Regulations for the medical services of the Army of India
Year: 1930
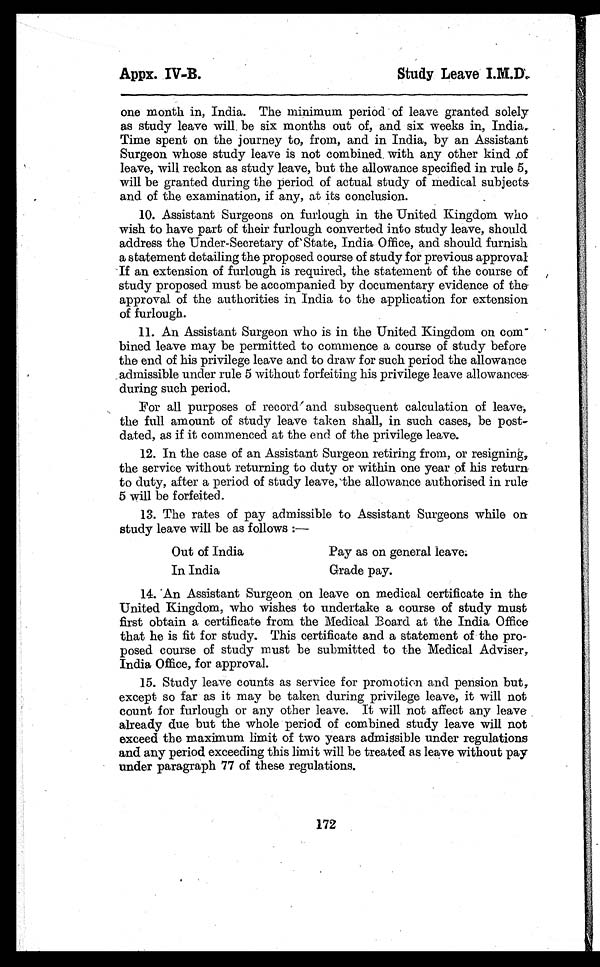
Appx. IV-B.
Study Leave I M.D.
one month in, India. The minimum period of leave granted solely
as study leave will be six months out of, and six weeks in, India.
Time spent on the journey to, from, and in India, by an Assistant
Surgeon whose study leave is not combined. with any other kind of
leave, will reckon as study leave, but the allowance specified in rule 5,
will be granted during the period of actual study of medical subjects
and of the examination, if any, at its conclusion.
10.Assistant Surgeons on furlough in the United Kingdom who
wish to have part of their furlough converted into study leave, should
address the Under-Secretary of State, India Office, and should furnish
a statement detailing the proposed course of study for previous approval
If an extension of furlough is required, the statement of the course of
study proposed must be accompanied by documentary evidence of the
approval of the authorities in India to the application for extension
of furlough.
11.An Assistant Surgeon who is in the United Kingdom on com-
bined leave may be permitted to commence a course of study before
the end of his privilege leave and to draw for such period the allowance
admissible under rule 5 without forfeiting his privilege leave allowances
during such period.
For all purposes of record and subsequent calculation of leave,
the full amount of study leave taken shall, in such cases, be post-
dated, as if it commenced at the end of the privilege leave.
12.In the case of an Assistant Surgeon retiring from, or resigning,.
the service without returning to duty or within one year of his return
to duty, after a period of study leave, the allowance authorised in rule
5 will be forfeited.
13.The rates of pay admissible to Assistant Surgeons while on
study leave will be as follows :
—
Out of India
Pay as on general leave.
In India
Grade pay.
14.An Assistant Surgeon on leave on medical certificate in the
United Kingdom, who wishes to undertake a course of study must
first obtain a certificate from the Medical Board at the India Office
that he is fit for study. This certificate and a statement of the pro-
posed course of study must be submitted to the Medical Adviser,
India Office, for approval.
15.Study leave counts as service for promotion and pension but,
except so far as it may be taken during privilege leave, it will not
count for furlough or any other leave. It will not affect any leave
already due but the whole period of combined study leave will not
exceed the maximum limit of two years admissible under regulations
and any period exceeding this limit will be treated as leave without pay
under paragraph 77 of these regulations.
172